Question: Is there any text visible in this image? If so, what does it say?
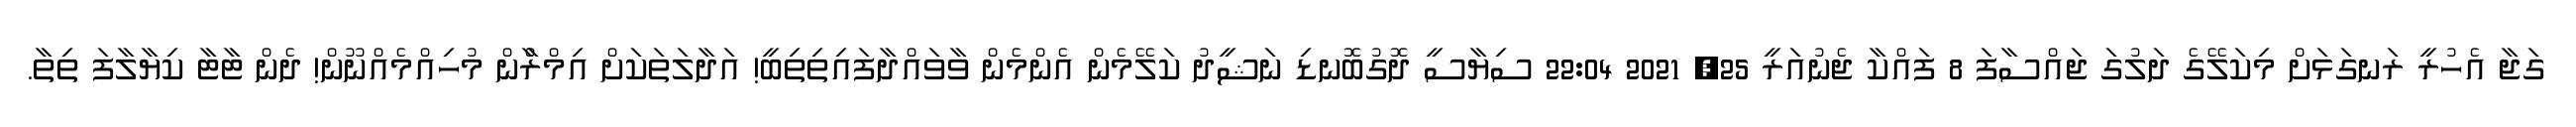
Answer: ގަޖާ އެހުރީ ރަނގަޅަށް މިކަލޭގެ ދަލުގަ ޖައްސާފަ 8 ފައްކާ ޖެނުއަރީ 25, 2021 22:04 ސިޔާސީ ދޮގުބޮނޑި ނަޝީދު ކަލޭމެން އެންމެން ވާވައްދާފައިތިތިބީ! އަދާލަތަކަށް އިމްރާްން މުހިއްމެއްނޫން! ދެން ޓާޓާ ކިޔާލާފަ ތިތާ.